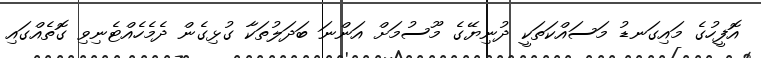
އޮފީހުގެ މައިގަނޑު މަސައްކަތަކީ ދުނިޔޭގެ މޫސުމަށް އަންނަ ބަދަލުތަކާ ގުޅިގެން ދެމެހެއްޓެނިވި ގޮތެއްގައި